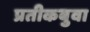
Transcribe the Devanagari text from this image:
प्रतीकबुवा